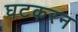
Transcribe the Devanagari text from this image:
घटकरन